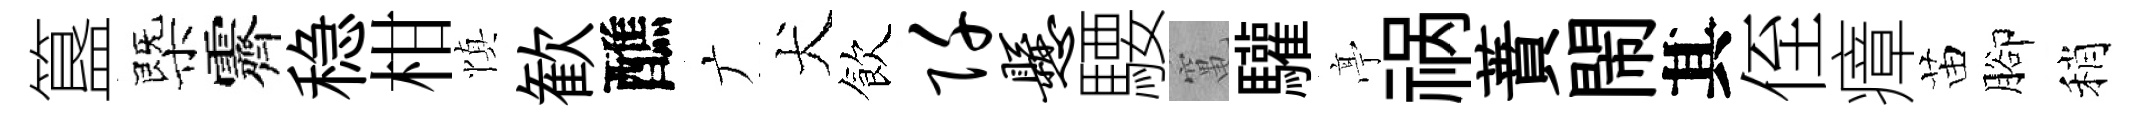
簋㮣霽稳柑慎歓醮广犬飲阡悬騕𥧄驩𠅘祸蕡閙其侄瘴苗腳稍